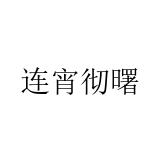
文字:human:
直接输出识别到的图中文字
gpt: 连宵彻曙